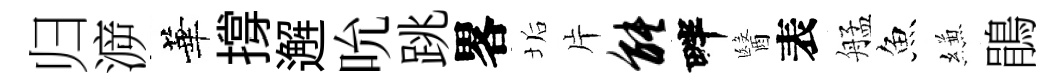
归㴑華撐邂吮跳畧垢片能畔醫表艋魚縑鵑